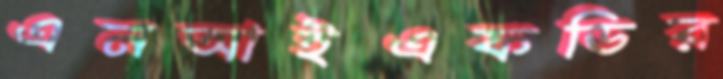
এনআইএফডির